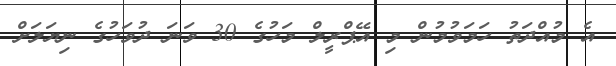
އެ މުއްދަތު ހަމަވުމުން މި އޭޕްރީލް މަހުގެ 30 ވަނަ ދުވަހުގެ ނިޔަލަށް